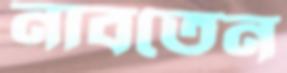
নাবতেন